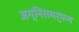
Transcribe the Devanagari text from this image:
अग्निसमर्पण